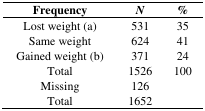
<table><thead><tr><td><b>Frequency</b></td><td><b><i>N</i></b></td><td><b>%</b></td></tr></thead><tbody><tr><td>Lost weight (a)</td><td>531</td><td>35</td></tr><tr><td>Same weight</td><td>624</td><td>41</td></tr><tr><td>Gained weight (b)</td><td>371</td><td>24</td></tr><tr><td>Total</td><td>1526</td><td>100</td></tr><tr><td>Missing</td><td>126</td><td></td></tr><tr><td>Total</td><td>1652</td><td></td></tr></tbody></table>